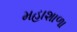
મહાશાળા